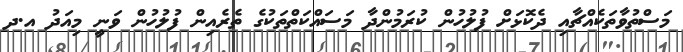
މަސްތުވާތަކެއްޗާއި ދެކޮޅަށް ފުލުހުން ކުރަމުންދާ މަސައްކަތްތަކުގެ ތެރެއިން ފުލުހުން ވަނީ މިއަދު އ.ދ